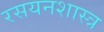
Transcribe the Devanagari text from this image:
रसयनशास्त्र